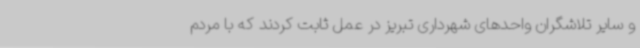
و سایر تلاشگران واحدهای شهرداری تبریز در عمل ثابت کردند که با مردم